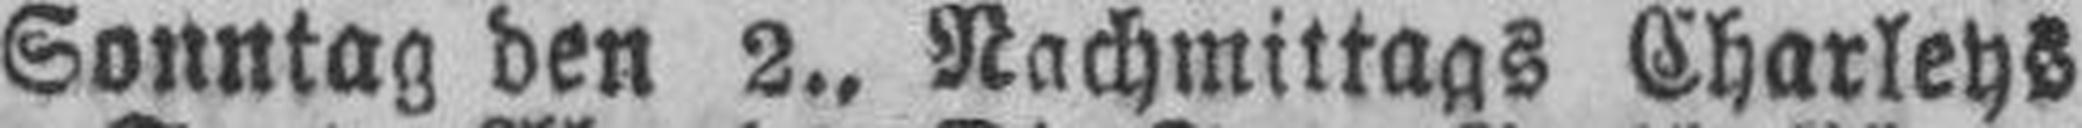
Sonntag den 2., Nachmittags Charlehs